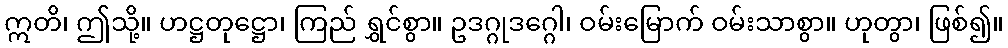
ဣတိ၊ ဤသို့။ ဟဋ္ဌတုဋ္ဌော၊ ကြည် ရွှင်စွာ။ ဥဒဂ္ဂုဒဂ္ဂေါ၊ ဝမ်းမြောက် ဝမ်းသာစွာ။ ဟုတွာ၊ ဖြစ်၍။